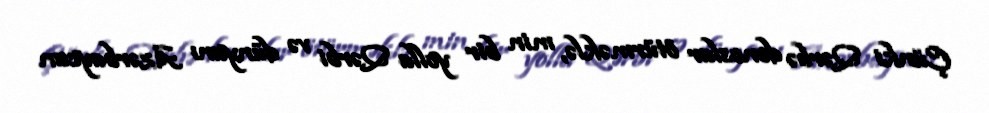
Çünki Qərbə donoslar ötürməklə, min bir yolla Qərbi və dünyanı Azərbaycan